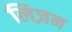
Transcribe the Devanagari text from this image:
लिज़न